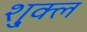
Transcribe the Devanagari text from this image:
शु्क्ल